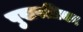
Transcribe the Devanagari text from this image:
पुखपत्रिका